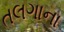
તલગાના